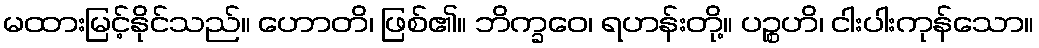
မထားမြင့်နိုင်သည်။ ဟောတိ၊ ဖြစ်၏။ ဘိက္ခဝေ၊ ရဟန်းတို့။ ပဉ္စဟိ၊ ငါးပါးကုန်သော။